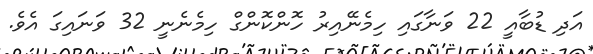
އަދި ޑުބާއީ 22 ވަނާގައި ހިމެނޭއިރު ހޮންކޮންގް ހިމެނެނީ 32 ވަނައިގަ އެވެ.